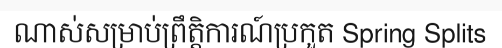
ណាស់សម្រាប់ព្រឹត្តិការណ៍ប្រកួត Spring Splits